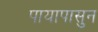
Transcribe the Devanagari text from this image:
पायापासुन